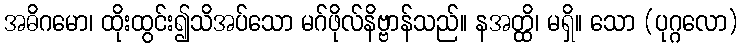
အဓိဂမော၊ ထိုးထွင်း၍သိအပ်သော မဂ်ဖိုလ်နိဗ္ဗာန်သည်။ နအတ္ထိ၊ မရှိ။ သော (ပုဂ္ဂလော)